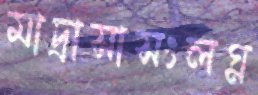
মাদ্রাসাসংলগ্ন